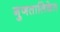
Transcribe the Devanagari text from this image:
गुणतालिकेत